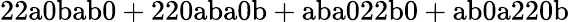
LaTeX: \mathrm{22a0bab0+220aba0b+aba022b0+ab0a220b}